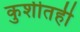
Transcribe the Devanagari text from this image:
कुशीतही